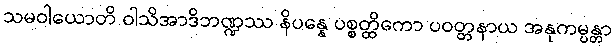
သမဝါယောတိ ဝါသိအာဒိဘဏ္ဍဿ နိပန္နေ ပစ္စတ္ထိကော ပဝတ္တနာယ အနုကမ္ပန္တာ